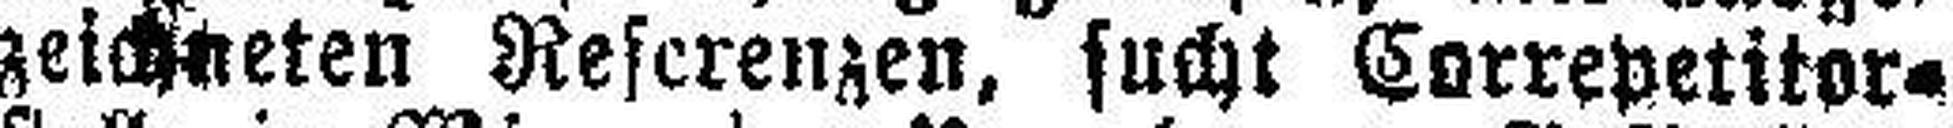
zeichneten Rescrenzen, sucht Correpetitor¬